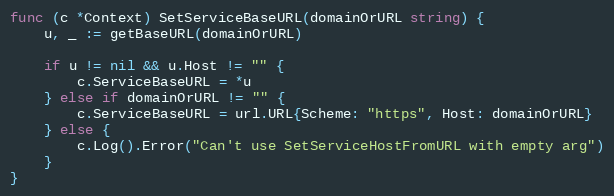
Language: Go
func (c *Context) SetServiceBaseURL(domainOrURL string) {
	u, _ := getBaseURL(domainOrURL)

	if u != nil && u.Host != "" {
		c.ServiceBaseURL = *u
	} else if domainOrURL != "" {
		c.ServiceBaseURL = url.URL{Scheme: "https", Host: domainOrURL}
	} else {
		c.Log().Error("Can't use SetServiceHostFromURL with empty arg")
	}
}